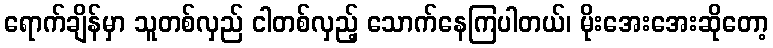
ရောက်ချိန်မှာ သူတစ်လှည် ငါတစ်လှည့် သောက်နေကြပါတယ်၊ မိုးအေးအေးဆိုတော့